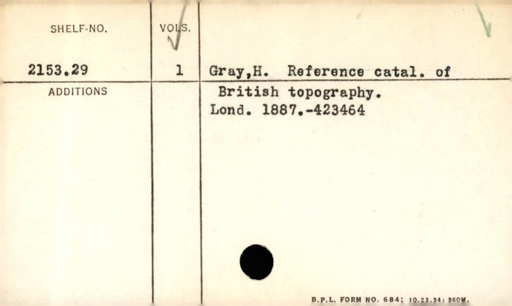
Label: content